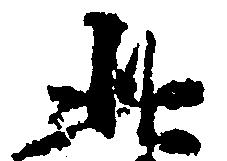
此